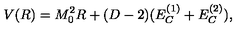
V ( R ) = M _ { 0 } ^ { 2 } R + ( D - 2 ) ( E _ { C } ^ { ( 1 ) } + E _ { C } ^ { ( 2 ) } ) ,